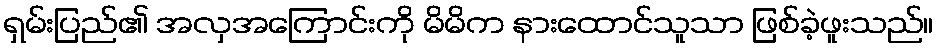
ရှမ်းပြည်၏ အလှအကြောင်းကို မိမိက နားထောင်သူသာ ဖြစ်ခဲ့ဖူးသည်။